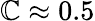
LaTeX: \mathbb{C}\approx0.5